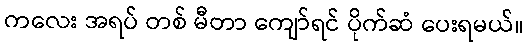
ကလေး အရပ် တစ် မီတာ ကျော်ရင် ပိုက်ဆံ ပေးရမယ်။